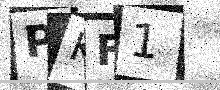
Text: PKF1